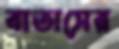
বাতাসের